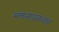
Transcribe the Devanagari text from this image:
भक्तराजकवच